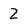
Character: 2